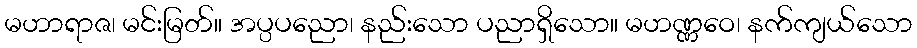
မဟာရာဇ၊ မင်းမြတ်။ အပ္ပပညော၊ နည်းသော ပညာရှိသော။ မဟဏ္ဏဝေ၊ နက်ကျယ်သော